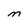
Character: M